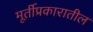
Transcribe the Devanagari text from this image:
मूर्तीप्रकारातील